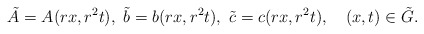
\begin{align*}\tilde A= A(rx, r^2 t),\ \tilde b= b(rx, r^2 t),\ \tilde c= c(rx, r^2 t),\ \ \ (x,t) \in \tilde G.\end{align*}